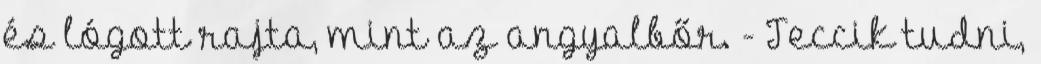
és lógott rajta, mint az angyalbőr. - Teccik tudni,